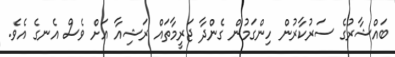
ބައްޝާރުގެ ސަރުކާރުން ހިންގަމުން ގެންދާ ޖަރީމާތައް ރަޝިއާ އަށް ވެސް އެނގެ އެވެ.